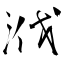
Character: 浌